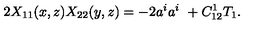
2 X _ { 1 1 } ( x , z ) X _ { 2 2 } ( y , z ) = - 2 a ^ { i } a ^ { i } \ + C _ { 1 2 } ^ { 1 } T _ { 1 } .